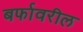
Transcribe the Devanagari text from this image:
बर्फावरील